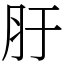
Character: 䏏